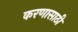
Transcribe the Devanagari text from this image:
करणासाठी